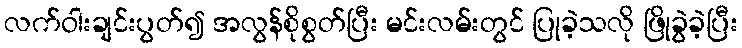
လက်ဝါးချင်းပွတ်၍ အလွန်စိုစွတ်ပြီး မင်းလမ်းတွင် ပြုခဲ့သလို ဖြိုခွဲခဲ့ပြီး